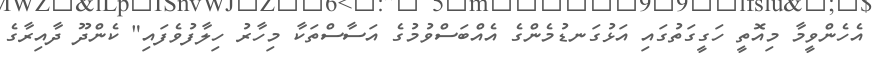
އެހެންވީމާ މިއޮތީ ހަގީގަތުގައި އަޅުގަނޑުމެންގެ އެއްބަސްވުމުގެ އަސާސްތަކާ މިހާރު ހިލާފުވެފައި" ކެންދޫ ދާއިރާގެ